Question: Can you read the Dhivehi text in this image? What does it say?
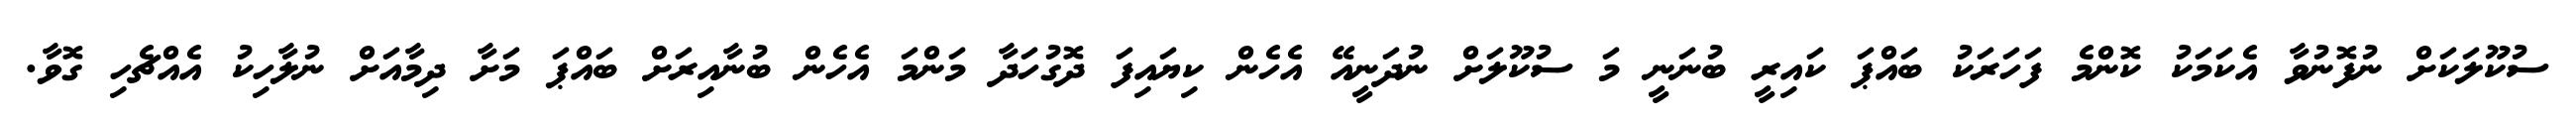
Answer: ސުކޫލަކަށް ނުފޮނުވާ އެކަމަކު ކޮންމެ ފަހަރަކު ބައްޕަ ކައިރީ ބުނަނީ މަ ސުކޫލަށް ނުދަނީއޭ އެހެން ކިޔައިފަ ދޮގުހަދާ މަންމަ އެހެން ބުނާއިރަށް ބައްޕަ މަށާ ދިމާއަށް ނުލާހިކު އެއްޗެހި ގޮވާ.